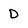
Character: D